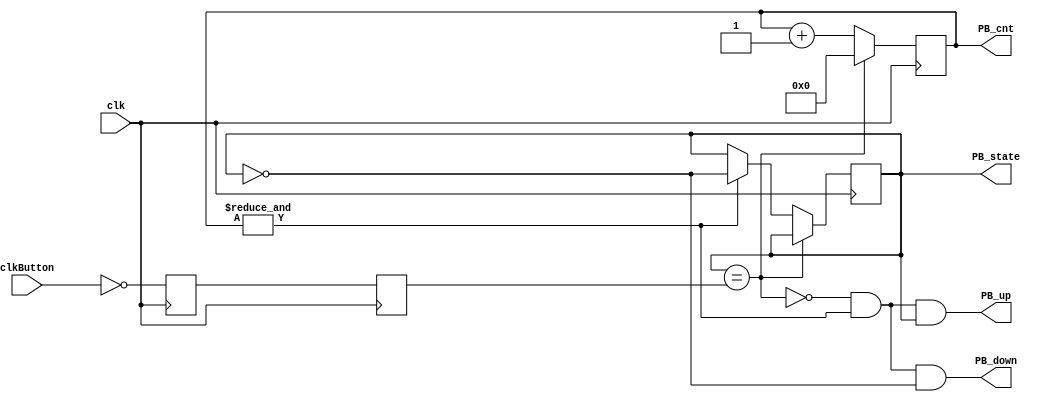
module PushButton_Debouncer(input clk, input clkButton, output reg PB_state, output PB_down, output PB_up, output reg [7:0] PB_cnt );

	// First use two flip-flops to synchronize the PB signal the "clk" clock domain
	reg PB_sync_0;  always @(posedge clk) PB_sync_0 <= ~clkButton;  // invert PB to make PB_sync_0 active high
	reg PB_sync_1;  always @(posedge clk) PB_sync_1 <= PB_sync_0;

	// When the push-button is pushed or released, we increment the counter
	// The counter has to be maxed out before we decide that the push-button state has changed

	wire PB_idle = (PB_state==PB_sync_1);
	wire PB_cnt_max = &PB_cnt;	// true when all bits of PB_cnt are 1's

	initial
		PB_cnt = 0;
		
	always @(posedge clk)
	if(PB_idle)
		 PB_cnt <= 0;  // nothing's going on
	else
	begin
		 PB_cnt <= PB_cnt + 1'b1;  // something's going on, increment the counter
		 if(PB_cnt_max) PB_state <= ~PB_state;  // if the counter is maxed out, PB changed!
	end

	assign PB_down = ~PB_idle & PB_cnt_max & ~PB_state;
	assign PB_up   = ~PB_idle & PB_cnt_max &  PB_state;
endmodule